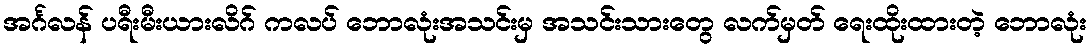
အင်္ဂလန် ပရီးမီးယားလိဂ် ကလပ် ဘောလုံးအသင်းမှ အသင်းသားတွေ လက်မှတ် ရေးထိုးထားတဲ့ ဘောလုံး